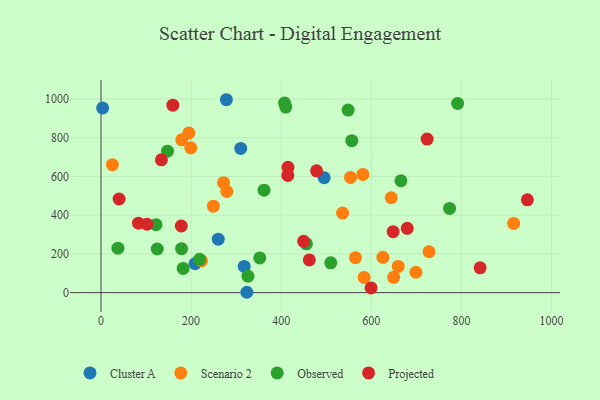
{"axis": {"x": "Distance", "y": "Yield"}, "legend": ["Cluster A", "Observed", "Projected", "Scenario 2"], "data": [{"x": "495.4", "y": 593.1, "type": "Cluster A"}, {"x": "260.3", "y": 275.8, "type": "Cluster A"}, {"x": "323.7", "y": 1.9, "type": "Cluster A"}, {"x": "278.3", "y": 996.0, "type": "Cluster A"}, {"x": "317.8", "y": 135.2, "type": "Cluster A"}, {"x": "310.2", "y": 744.4, "type": "Cluster A"}, {"x": "3.6", "y": 953.6, "type": "Cluster A"}, {"x": "208.7", "y": 149.7, "type": "Cluster A"}, {"x": "625.7", "y": 182.3, "type": "Scenario 2"}, {"x": "279.2", "y": 522.4, "type": "Scenario 2"}, {"x": "915.9", "y": 357.3, "type": "Scenario 2"}, {"x": "199.3", "y": 747.7, "type": "Scenario 2"}, {"x": "659.7", "y": 135.5, "type": "Scenario 2"}, {"x": "564.8", "y": 180.5, "type": "Scenario 2"}, {"x": "25.3", "y": 660.7, "type": "Scenario 2"}, {"x": "649.6", "y": 78.9, "type": "Scenario 2"}, {"x": "581.5", "y": 610.5, "type": "Scenario 2"}, {"x": "223.1", "y": 164.9, "type": "Scenario 2"}, {"x": "249.4", "y": 446.3, "type": "Scenario 2"}, {"x": "728.1", "y": 211.0, "type": "Scenario 2"}, {"x": "179.2", "y": 789.0, "type": "Scenario 2"}, {"x": "699.1", "y": 105.2, "type": "Scenario 2"}, {"x": "644.2", "y": 489.8, "type": "Scenario 2"}, {"x": "195.0", "y": 823.7, "type": "Scenario 2"}, {"x": "536.2", "y": 410.7, "type": "Scenario 2"}, {"x": "553.9", "y": 594.6, "type": "Scenario 2"}, {"x": "272.0", "y": 567.5, "type": "Scenario 2"}, {"x": "584.0", "y": 78.6, "type": "Scenario 2"}, {"x": "218.7", "y": 171.8, "type": "Observed"}, {"x": "37.6", "y": 229.6, "type": "Observed"}, {"x": "147.6", "y": 730.3, "type": "Observed"}, {"x": "326.2", "y": 85.0, "type": "Observed"}, {"x": "665.7", "y": 577.7, "type": "Observed"}, {"x": "182.3", "y": 124.8, "type": "Observed"}, {"x": "556.7", "y": 784.8, "type": "Observed"}, {"x": "361.9", "y": 529.1, "type": "Observed"}, {"x": "773.7", "y": 434.6, "type": "Observed"}, {"x": "352.4", "y": 179.1, "type": "Observed"}, {"x": "124.8", "y": 225.3, "type": "Observed"}, {"x": "510.0", "y": 153.9, "type": "Observed"}, {"x": "407.4", "y": 979.2, "type": "Observed"}, {"x": "791.6", "y": 977.1, "type": "Observed"}, {"x": "548.5", "y": 942.5, "type": "Observed"}, {"x": "122.0", "y": 350.8, "type": "Observed"}, {"x": "456.0", "y": 251.8, "type": "Observed"}, {"x": "178.9", "y": 226.8, "type": "Observed"}, {"x": "410.1", "y": 957.9, "type": "Observed"}, {"x": "414.6", "y": 605.1, "type": "Projected"}, {"x": "102.2", "y": 353.2, "type": "Projected"}, {"x": "679.8", "y": 332.3, "type": "Projected"}, {"x": "462.4", "y": 169.1, "type": "Projected"}, {"x": "40.2", "y": 483.4, "type": "Projected"}, {"x": "83.1", "y": 358.6, "type": "Projected"}, {"x": "415.0", "y": 647.1, "type": "Projected"}, {"x": "723.9", "y": 792.9, "type": "Projected"}, {"x": "159.5", "y": 968.0, "type": "Projected"}, {"x": "449.8", "y": 265.1, "type": "Projected"}, {"x": "478.5", "y": 629.1, "type": "Projected"}, {"x": "599.5", "y": 24.3, "type": "Projected"}, {"x": "648.4", "y": 315.0, "type": "Projected"}, {"x": "841.6", "y": 128.3, "type": "Projected"}, {"x": "946.4", "y": 479.3, "type": "Projected"}, {"x": "178.2", "y": 344.1, "type": "Projected"}, {"x": "134.1", "y": 685.5, "type": "Projected"}]}